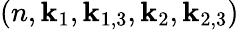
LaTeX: (n,\mathbf{k}_{1},\mathbf{k}_{1,3},\mathbf{k}_{2},\mathbf{k}_{2,3})